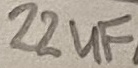
Text: 22uF